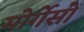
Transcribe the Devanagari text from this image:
मोर्गेसों